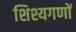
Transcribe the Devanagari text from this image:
शिश्यगणों